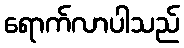
ရောက်လာပါသည်